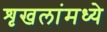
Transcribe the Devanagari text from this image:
शृखलांमध्ये